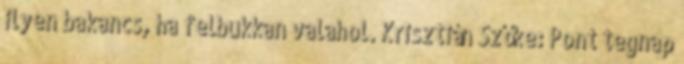
ilyen bakancs, ha felbukkan valahol. Krisztián Szőke: Pont tegnap